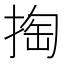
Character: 掏